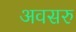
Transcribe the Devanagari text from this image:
अवसरु